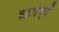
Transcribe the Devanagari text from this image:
महादेव्यै